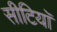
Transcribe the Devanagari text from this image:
सीटियाॅ